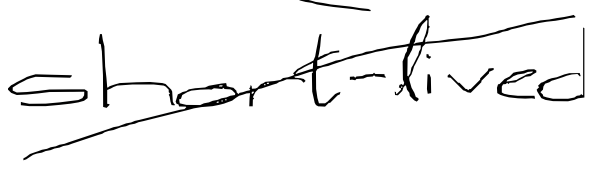
Text: short-lived
Cross-out: diagonal
Writing tool: digital_black